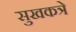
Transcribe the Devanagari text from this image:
सुखकत्रे